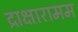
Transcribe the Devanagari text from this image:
द्राक्षारामम